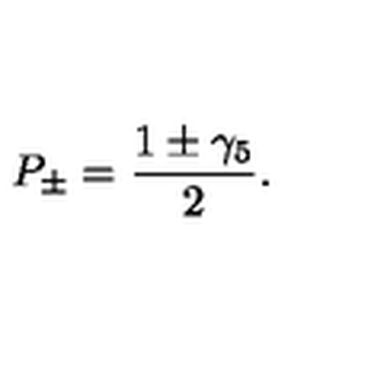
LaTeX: P _ { \pm } = { \frac { 1 \pm \gamma _ { 5 } } { 2 } } .